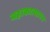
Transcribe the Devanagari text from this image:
महाकात्यायन